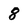
Character: 8